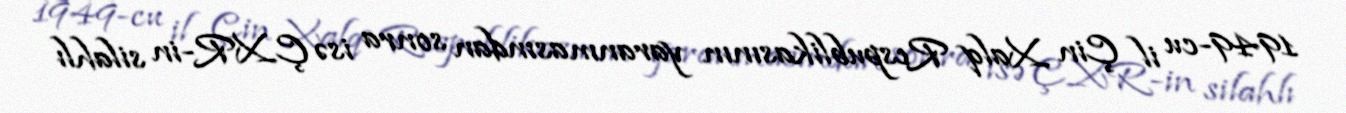
1949-cu il Çin Xalq Respublikasının yaranmasından sonra isə ÇXR-in silahlı